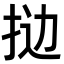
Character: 𫼯